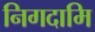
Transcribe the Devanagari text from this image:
निगदामि